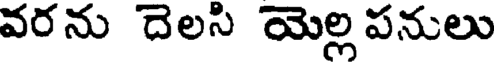
వరను దెలసి యెల్ల పనులు